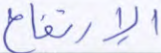
الإرتفاع